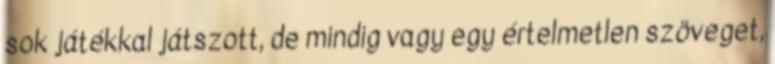
sok játékkal játszott, de mindig vagy egy értelmetlen szöveget,